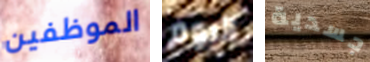
الموظفين اليوم جسدية